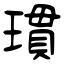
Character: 瑻